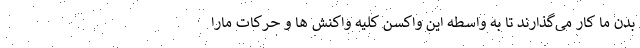
بدن ما کار می‌گذارند تا به واسطه این واکسن کلیه واکنش ها و حرکات مارا